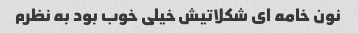
نون خامه اى شکلاتیش خیلى خوب بود به نظرم